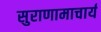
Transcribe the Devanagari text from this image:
सुराणामाचार्य